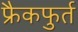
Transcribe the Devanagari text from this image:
फ्रैकफुर्त